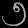
Digit: ၅